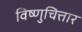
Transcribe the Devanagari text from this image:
विष्णुचित्तार